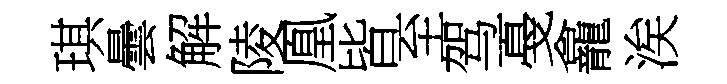
琪曇解陵凰皆至驾戞龕涘